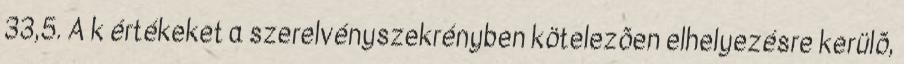
33,5. A k értékeket a szerelvényszekrényben kötelezõen elhelyezésre kerülõ,